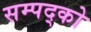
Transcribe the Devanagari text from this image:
सम्पद्को